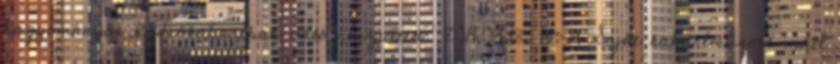
hagyományos Rádiókabaréban való részvételt? 2014.03.18. 13:09 Saját kabaréműsort indít